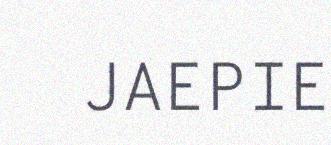
JAEPIE